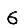
Digit: 6